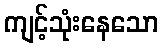
ကျင့်သုံးနေသော